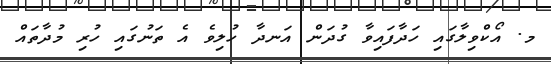
މ. އޯކްވިލާގައި ހަދާފައިވާ ގުދަން އަނދާ ހުލިވެ އެ ތަނުގައި ހުރި މުދާތައް